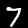
Digit: 7